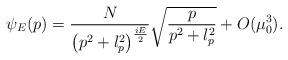
LaTeX: \begin{align*}\psi_{E}(p)=\frac{N}{\left(p^{2}+l_{p}^{2}\right)^{\frac{iE}{2}}}\sqrt{\frac{p}{p^{2}+l_{p}^{2}}}+O(\mu_{0}^{3}). \end{align*}